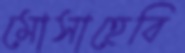
মোসাহেবি